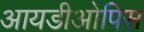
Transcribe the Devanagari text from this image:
आयडीओपिस